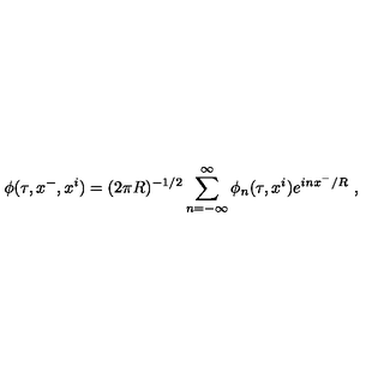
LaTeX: \phi ( \tau , x ^ { - } , x ^ { i } ) = ( 2 \pi R ) ^ { - 1 / 2 } \sum _ { n = - \infty } ^ { \infty } \phi _ { n } ( \tau , x ^ { i } ) e ^ { i n x ^ { - } / R } \ ,